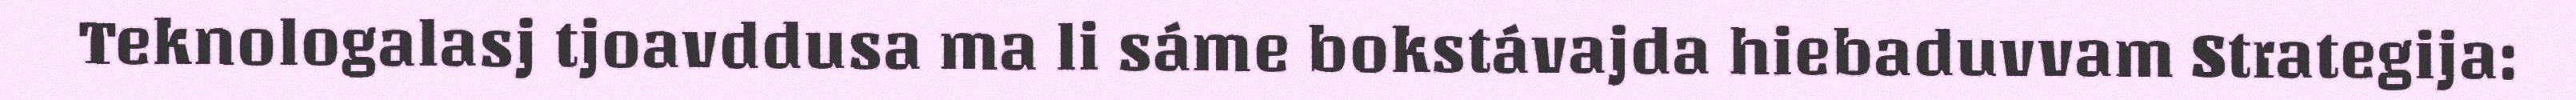
Teknologalasj tjoavddusa ma li sáme bokstávajda hiebaduvvam Strategija: